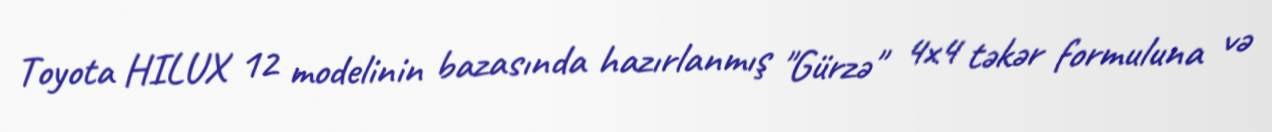
Toyota HILUX 12 modelinin bazasında hazırlanmış "Gürzə" 4x4 təkər formuluna və